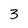
Character: 3